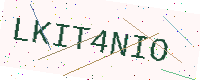
Text: LKIT4NIO